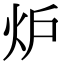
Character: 炉